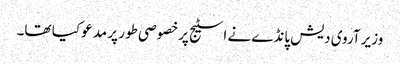
وزیر آروی دیش پانڈے نے اسٹیج پرخصوصی طور پر مدعو کیا تھا۔